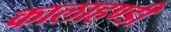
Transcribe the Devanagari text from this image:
कालाहण्डी